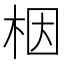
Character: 栶